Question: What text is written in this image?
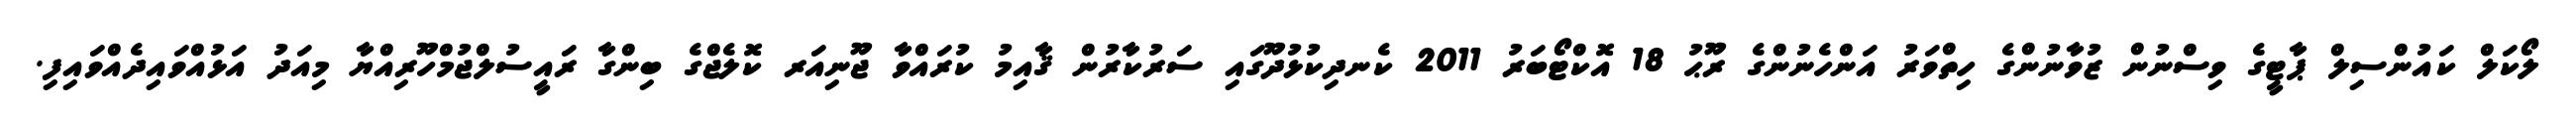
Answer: ލޯކަލް ކައުންސިލް ޕާޓީގެ ވިސްނުން ޒުވާނުންގެ ހިތްވަރު އަންހެނުންގެ ރޫޙު 18 އޮކްޓޯބަރު 2011 ކެނދިކުޅުދޫގައި ސަރުކާރުން ޤާއިމު ކުރައްވާ ޖޫނިއަރ ކޮލެޖްގެ ބިންގާ ރައީސުލްޖުމްހޫރިއްޔާ މިއަދު އަޅުއްވައިދެއްވައިފި.